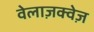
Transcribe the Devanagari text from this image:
वेलाज़क्वेज़